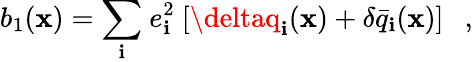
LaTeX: b_{1}(\mathbf{x})={\displaystyle\sum_{\mathbf{i}}}\ e_{\mathbf{i}}^{2}\ [\deltaq_{\mathbf{i}}(\mathbf{x})+\delta\bar{{q}}_{\mathbf{i}}(\mathbf{x})]\ \ \ ,